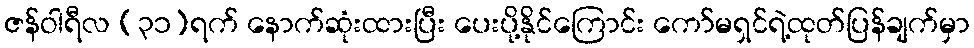
ဇန်ဝါရီလ (၃၁)ရက် နောက်ဆုံးထားပြီး ပေးပို့နိုင်ကြောင်း ကော်မရှင်ရဲ့ထုတ်ပြန်ချက်မှာ